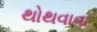
થોથવાવા